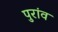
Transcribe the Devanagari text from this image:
पुरांव